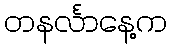
တနင်္လာနေ့က